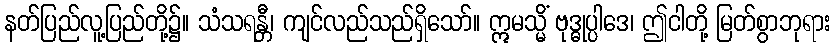
နတ်ပြည်လူ့ပြည်တို့၌။ သံသရန္တီ၊ ကျင်လည်သည်ရှိသော်။ ဣမသ္မိံ ဗုဒ္ဓုပ္ပါဒေ၊ ဤငါတို့ မြတ်စွာဘုရား